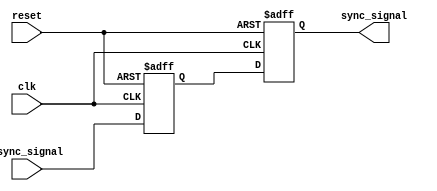
module two_ff_metastability_detector (
    input wire clk,               // Clock signal
    input wire async_signal,      // Asynchronous input signal
    input wire reset,             // Optional reset signal
    output reg sync_signal        // Synchronized output signal
);

    // Internal wires for the outputs of the flip-flops
    reg ff1_out;
    
    // First flip-flop (FF1)
    always @(posedge clk or posedge reset) begin
        if (reset) begin
            ff1_out <= 1'b0; // Initialize FF1 to 0 on reset
        end else begin
            ff1_out <= async_signal; // Capture the asynchronous input
        end
    end

    // Second flip-flop (FF2)
    always @(posedge clk or posedge reset) begin
        if (reset) begin
            sync_signal <= 1'b0; // Initialize FF2 to 0 on reset
        end else begin
            sync_signal <= ff1_out; // Capture the output of FF1
        end
    end

endmodule